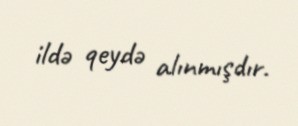
ildə qeydə alınmışdır.